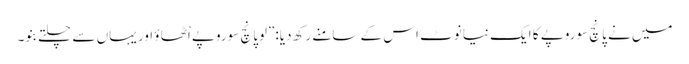
میں نے پانچ سوروپے کا ایک نیا نوٹ اس کے سامنے رکھ دیا:”لوپانچ سوروپے اْٹھا ؤ اور یہاں سے چلتے بنو۔